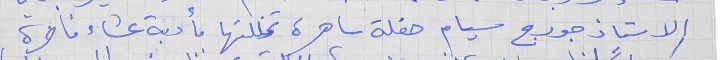
الاستاذ جورج سيام حفلة ساهرة تخللتها مأدبة عشاء فاخرة